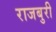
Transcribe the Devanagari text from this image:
राजबुरी